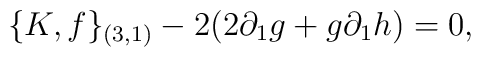
\{K, f\}_{(3,1)}-2(2  \partial_{1} g+ g\partial_{1}h)=0,